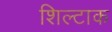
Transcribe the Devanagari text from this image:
शिल्टाक